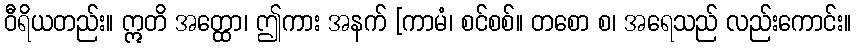
ဝီရိယတည်း။ ဣတိ အတ္ထော၊ ဤကား အနက် [ကာမံ၊ စင်စစ်။ တစော စ၊ အရေသည် လည်းကောင်း။